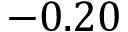
- 0 . 2 0